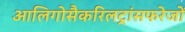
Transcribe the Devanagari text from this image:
आलिगोसैकरिलट्रांसफरेजों